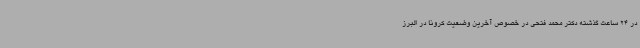
در 24 ساعت گذشته دکتر محمد فتحی در خصوص آخرین وضعیت کرونا در البرز